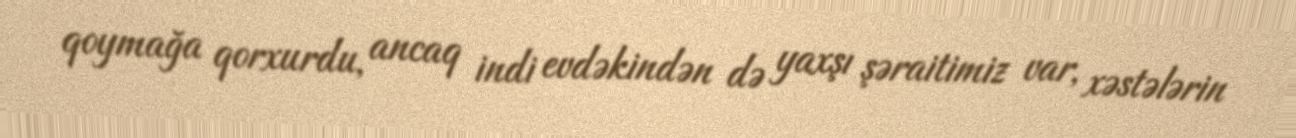
qoymağa qorxurdu, ancaq indi evdəkindən də yaxşı şəraitimiz var, xəstələrin